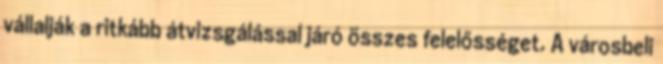
vállalják a ritkább átvizsgálással járó összes felelősséget. A városbeli